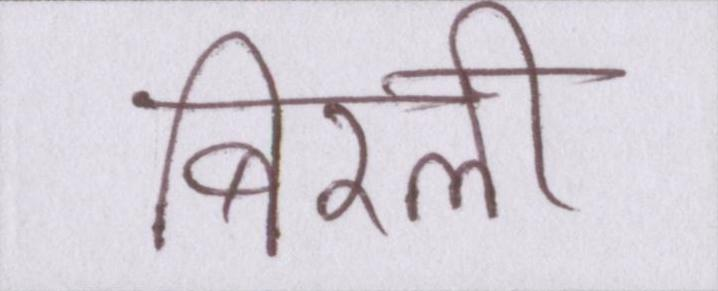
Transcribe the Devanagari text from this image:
बिरली